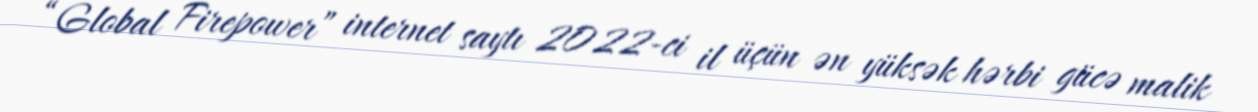
“Global Firepower” internet saytı 2022-ci il üçün ən yüksək hərbi gücə malik